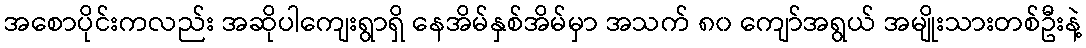
အစောပိုင်းကလည်း အဆိုပါကျေးရွာရှိ နေအိမ်နှစ်အိမ်မှာ အသက် ၈၀ ကျော်အရွယ် အမျိုးသားတစ်ဦးနဲ့